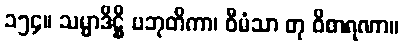
၁၅၄။ သမ္မာဒိဋ္ဌိ ပဘုတိကာ၊ ဝီမံသာ တု ဝိစာရဏာ။